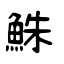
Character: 鮇